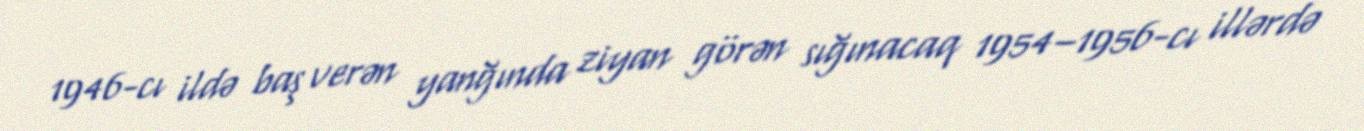
1946-cı ildə baş verən yanğında ziyan görən sığınacaq 1954–1956-cı illərdə